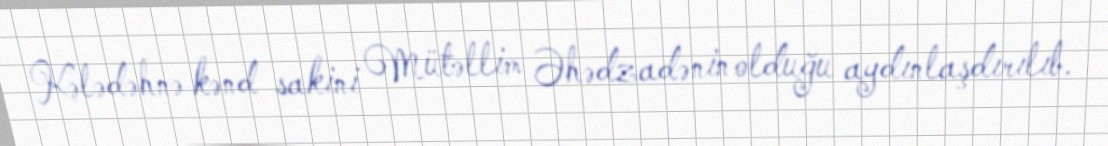
Kələdəhnə kənd sakini Mütəllim Əhədzadənin olduğu aydınlaşdırılıb.